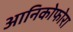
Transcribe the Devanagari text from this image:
आनिकोफोरा